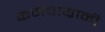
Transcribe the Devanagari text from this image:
कर्मचाय्रानी